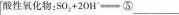
酸性氧化物:$$S O _ { 2 } + 2 O H ^ { - } = $$⑤ ___